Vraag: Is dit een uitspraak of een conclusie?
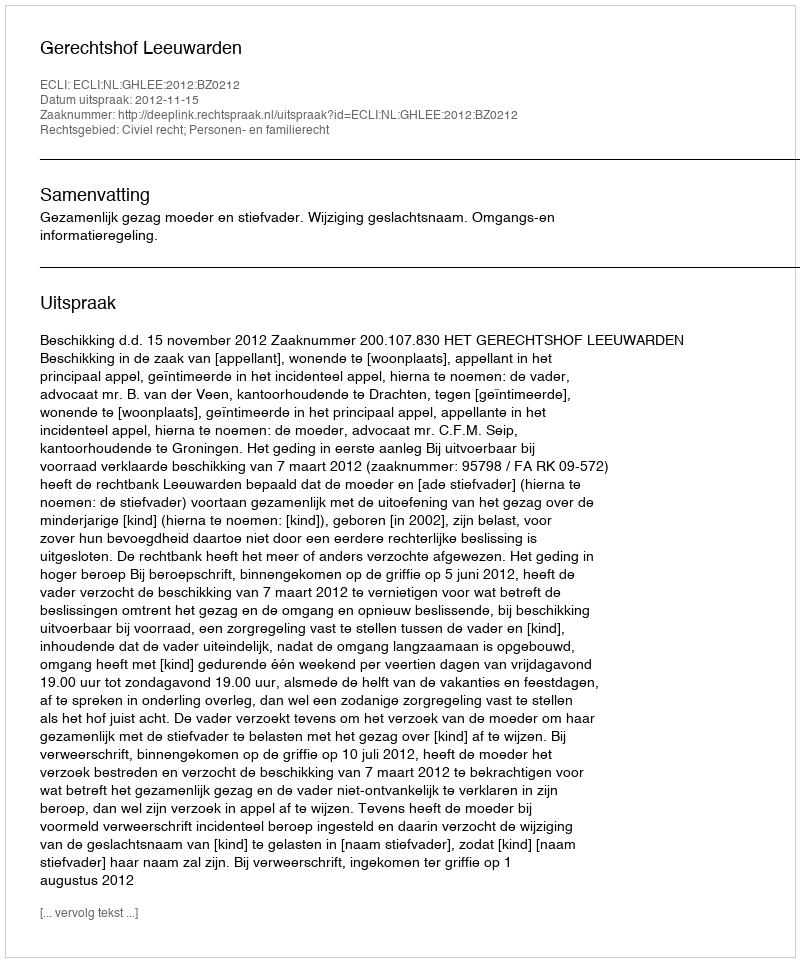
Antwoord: Uitspraak